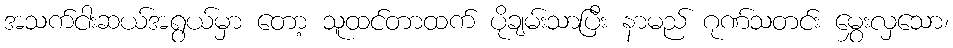
အသက်ငါးဆယ်အရွယ်မှာ တော့ သူထင်တာထက် ပိုချမ်းသာပြီး နာမည် ဂုဏ်သတင်း မွှေးလှသော၊